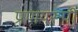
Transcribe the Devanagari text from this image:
प्रणयरूपी